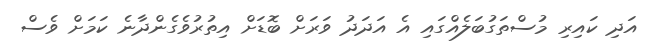
އަދި ކައިރި މުސްތަގުބަލެއްގައި އެ އަދަދު ވަރަށް ބޮޑަށް އިތުރުވެގެންދާނެ ކަމަށް ވެސް